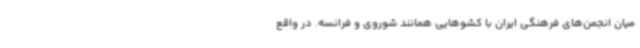
میان انجمن‌های فرهنگی ایران با کشوهایی همانند شوروی و فرانسه. در واقع